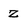
Character: Z